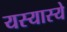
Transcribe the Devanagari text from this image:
यस्यास्ये